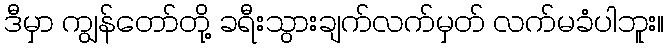
ဒီမှာ ကျွန်တော်တို့ ခရီးသွားချက်လက်မှတ် လက်မခံပါဘူး။